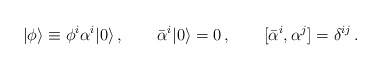
\begin{align*}|\phi\rangle\equiv \phi^i\alpha^i|0\rangle\,,\qquad\bar{\alpha}^i|0\rangle=0\,,\qquad[\bar{\alpha}^i,\alpha^j]=\delta^{ij}\,.\end{align*}